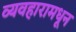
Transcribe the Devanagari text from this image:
व्यवहारामधून